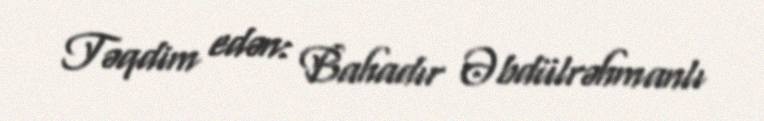
Təqdim edən: Bahadır Əbdülrəhmanlı